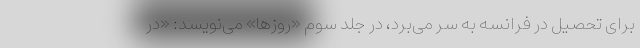
برای تحصیل در فرانسه به سر می‌بُرد، در جلد سوم «روزها» می‌نویسد: «در